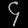
Digit: ၄